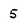
Character: 5